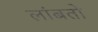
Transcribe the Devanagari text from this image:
लांबतो